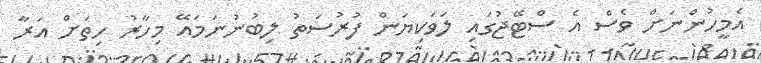
އެމީހުންނަށް ވެސް އެ ސްޓޭޖުގައި ލަވަކިޔަން ފުރުސަތު ލިބުނުނަމައޭ މިހާރު ހިތަށް އަރާ